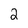
Character: 2